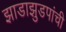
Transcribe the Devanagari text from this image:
झाडाझुडपांची